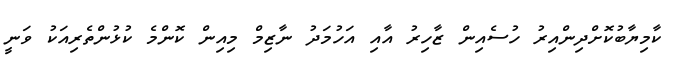
ކާމިޔާބުކޮށްދިންއިރު ހުސެއިން ޒާހިރު އާއި އަހުމަދު ނާޒިމް މިއިން ކޮންމެ ކުޅުންތެރިއަކު ވަނީ